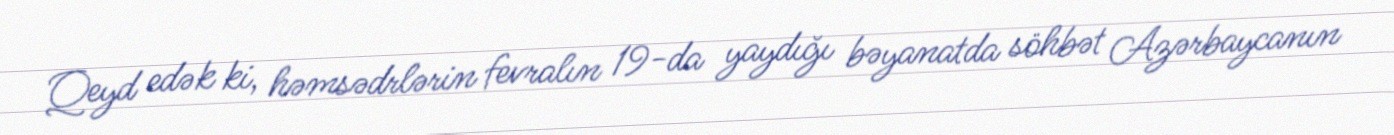
Qeyd edək ki, həmsədrlərin fevralın 19-da yaydığı bəyanatda söhbət Azərbaycanın